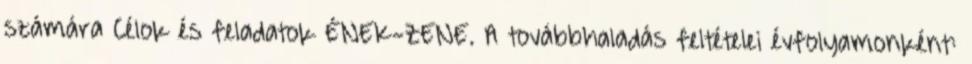
számára Célok és feladatok ÉNEK-ZENE. A továbbhaladás feltételei évfolyamonként: